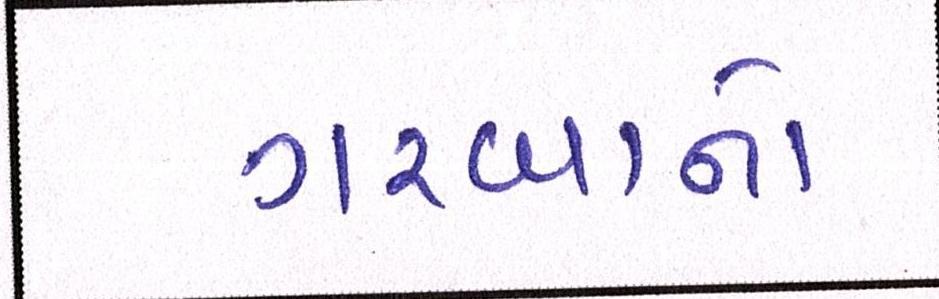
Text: ગરબાનો